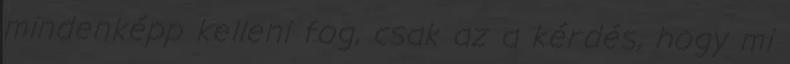
mindenképp kelleni fog, csak az a kérdés, hogy mi